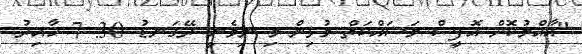
"އާއްމުކޮށް އޮފީސް މަސައްކަތް މުޅިން މި ނިމެނީ ރޭގަނޑު 30: 7 ހާއިރު.